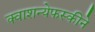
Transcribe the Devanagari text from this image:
क्वाशन्येफस्कीने